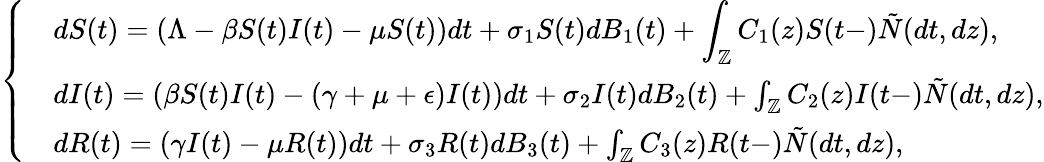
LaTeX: \left\{ \begin{array}{ll}{\begin{array}{rl}&{\displaystyle{dS(t)}=(\Lambda-\beta S(t)I(t)-\mu S(t))dt+\sigma_{1}S(t)dB_{1}(t)+\int_{\mathbb{Z}}C_{1}(z)S(t-)\tilde{N}(dt,dz),}\\ &{{dI(t)}=(\beta S(t)I(t)-(\gamma+\mu+\epsilon)I(t))dt+\sigma_{2}I(t)dB_{2}(t)+\int_{\mathbb{Z}}C_{2}(z)I(t-)\tilde{N}(dt,dz),}\\ &{{dR(t)}=(\gamma I(t)-\mu R(t))dt+\sigma_{3}R(t)dB_{3}(t)+\int_{\mathbb{Z}}C_{3}(z)R(t-)\tilde{N}(dt,dz),}\end{array}}\end{array}\right.